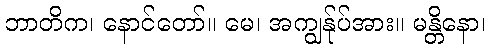
ဘာတိက၊ နောင်တော်။ မေ၊ အကျွန်ုပ်အား။ မန္တိနော၊